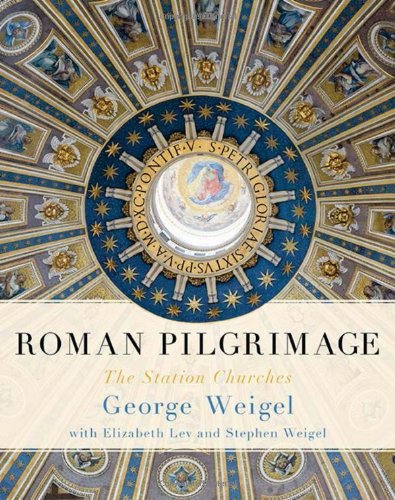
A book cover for Roman Pilgrimage: The Station Churches; George Weigel; Travel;